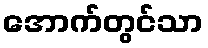
အောက်တွင်သာ